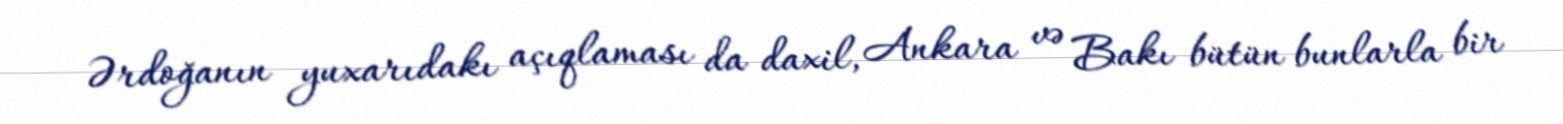
Ərdoğanın yuxarıdakı açıqlaması da daxil, Ankara və Bakı bütün bunlarla bir